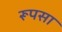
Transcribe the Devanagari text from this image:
रूपसा